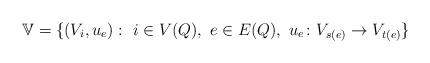
LaTeX: \begin{align*}\mathbb{V}=\{(V_i, u_e) : \ i \in V(Q), \ e \in E(Q), \ u_e \colon V_{s(e)} \to V_{t(e)}\}\end{align*}